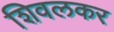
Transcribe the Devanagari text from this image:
शिवलकर